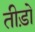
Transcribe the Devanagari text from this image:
तीड़ो